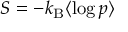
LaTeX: S = - k _ { \mathrm { B } } \langle \log p \rangle